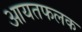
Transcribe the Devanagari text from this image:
आयतफलक